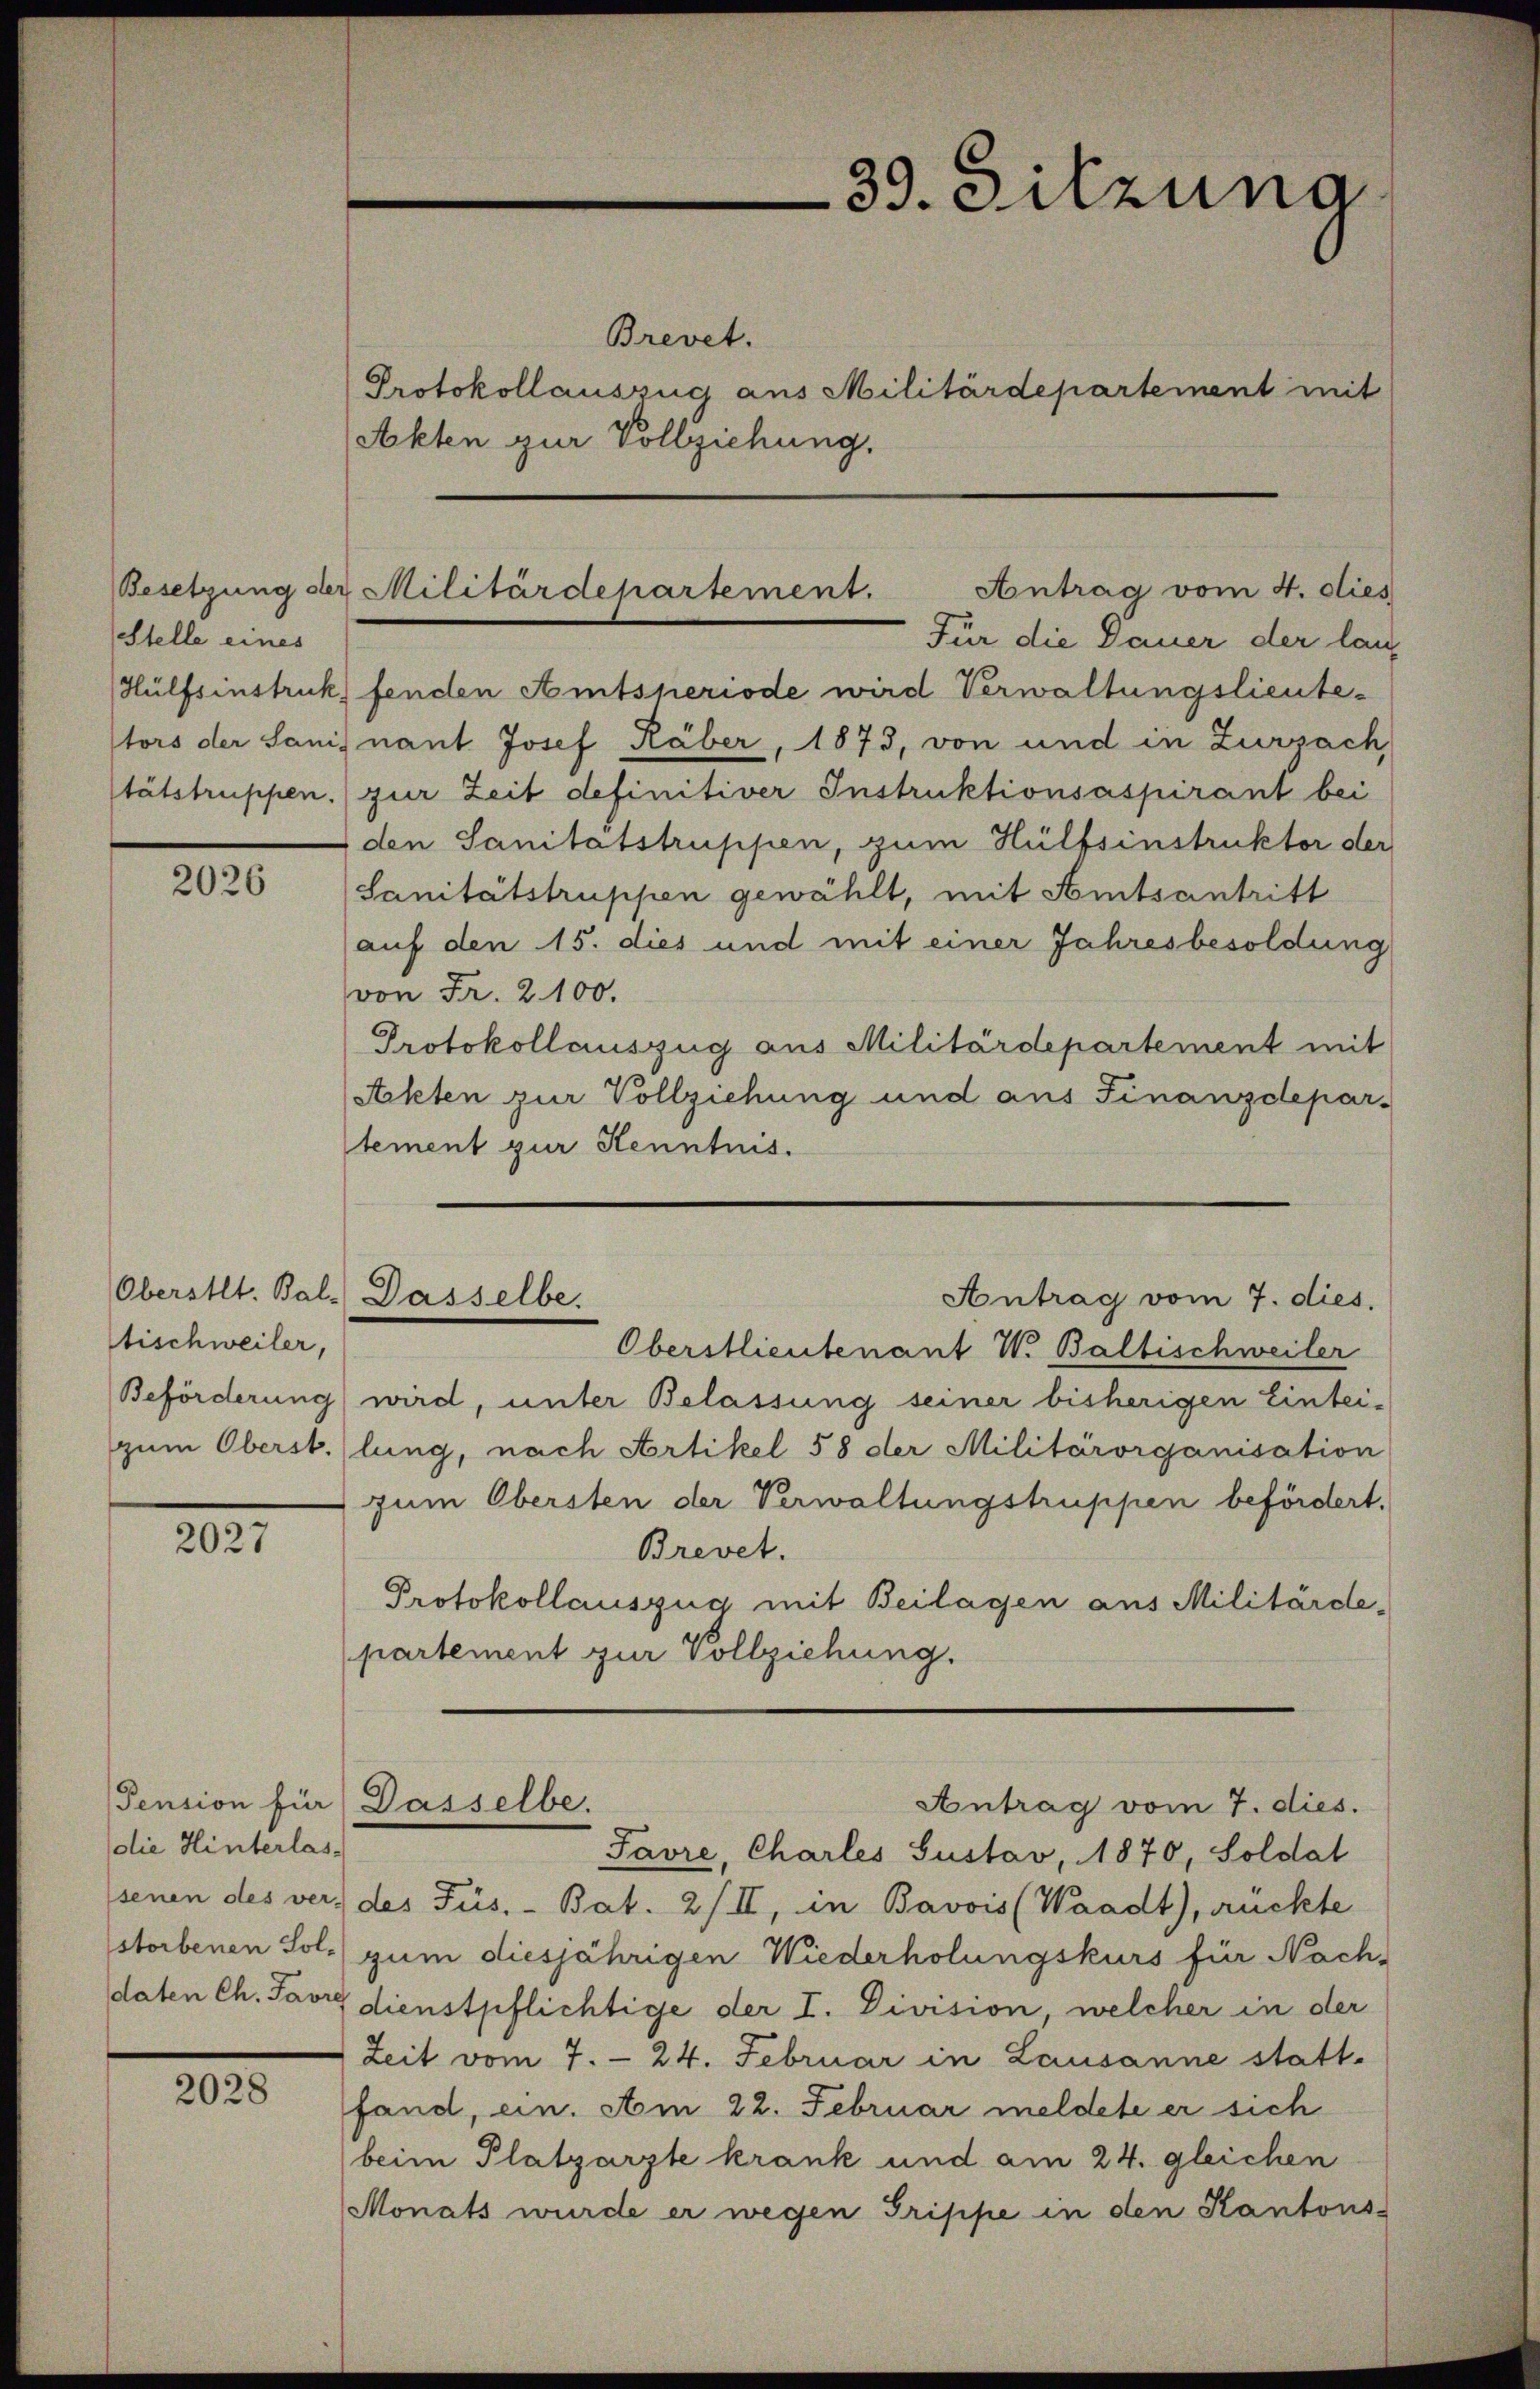
Stelle eines
Hülfsinstruk
tätstruppen.

2026

Oberstet. Bal-
Stischweiler,
Beförderung

2027

Pension für
(die Hinterlas-
senen des ver-
storbenen Sol¬

2028

39. Sitzung

Brevet.
Protokollauszug aus Militärdepartement mit
Akten zur Vollziehung.
fenden Amtsperiode wird Verwaltungslieutestors der Sanis nant Josef Räber, 1873, von und in Zurzach,
zur Zeit definitiver Instruktionsaspirant bei
den Sanitätstruppen, zum Hülfsinstruktor der
Sanitätstruppen gewählt, mit Amtsantritt
auf den 15. dies und mit einer Jahresbesoldung
von Fr. 2100.
Protokollauszug aus Militärdepartement mit
Ackten zur Vollziehung und aus Finanzdepar-
stement zur Kenntnis.
Oberstlieutenant W. Baltischweiler
wird, unter Belassung seiner bisherigen Eintei-
zum Oberst. (lung, nach Artikel 58 der Militärorganisation
zum Obersten der Verwaltungstruppen befördert.
Brevet.
Protokollauszug mit Beilagen aus Militärde-
partement zur Vollziehung.
Dasselbe.
Antrag vom 7. dies.
Favre, Charles Gustav, 1870, Soldat
des Fus. - Bat. 2/II, in Bavois (Waadt), rückte
gum diesjährigen Wiederholungskurs für Nach-
daten Ch. Favre dienstpflichtige der I. Division, welcher in der
Zeit vom 7. 24. Februar in Lausanne statt.
fand, ein. Am 22. Februar meldete er sich
beim Platzarzte krank und am 24. gleichen
Monats wurde er wegen Grippe in den Kantons-

Antrag vom 4. dies
Besetzung der Militärdepartement.
Für die Dauer der lang

Antrag vom 7. dies,
Dasselbe.